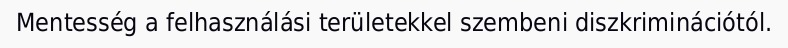
Mentesség a felhasználási területekkel szembeni diszkriminációtól.